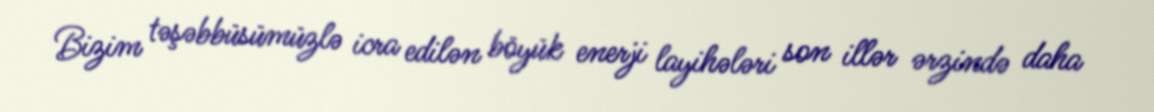
Bizim təşəbbüsümüzlə icra edilən böyük enerji layihələri son illər ərzində daha